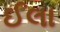
ઈલા